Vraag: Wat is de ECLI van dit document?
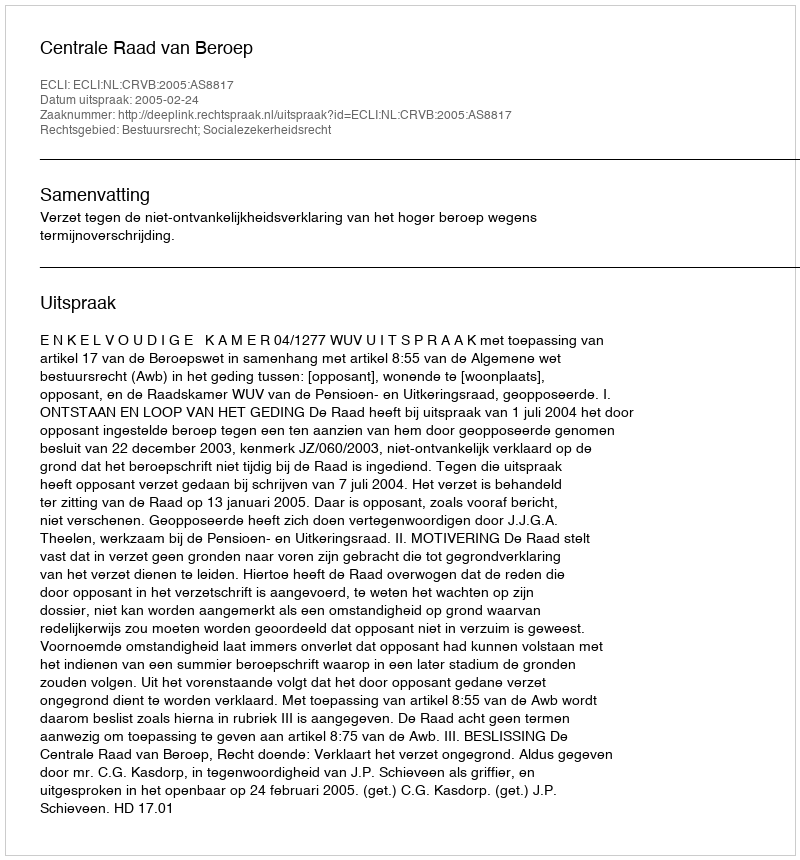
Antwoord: ECLI:NL:CRVB:2005:AS8817